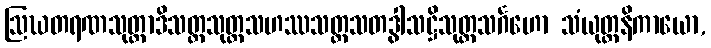
ဩဃတရဏသုတ္တာဒိသတ္တသုတ္တသဟဿသတ္တသတဒွါသဋ္ဌိသုတ္တသင်္ဂဟော သံယုတ္တနိကာယော,